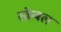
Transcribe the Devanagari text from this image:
स्क्रेबल